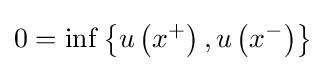
0=\inf \left\{u\left(x^{+}\right),u\left(x^{-}\right)\right\}